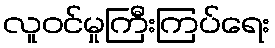
လူဝင်မှုကြီးကြပ်ရေး